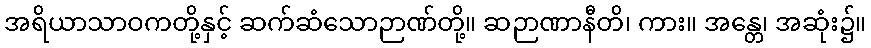
အရိယာသာဝကတို့နှင့် ဆက်ဆံသောဉာဏ်တို့။ ဆဉာဏာနီတိ၊ ကား။ အန္တေ၊ အဆုံး၌။